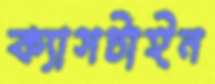
ক্যাসটাইন